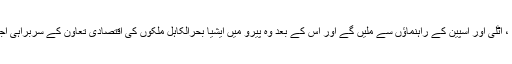
جمعے کے رو ز صدر أوباما برطانیہ، فرانس ، اٹلی اور اسپین کے راہنماؤں سے ملیں گے اور اس کے بعد وہ پیرو میں ایشیا بحرالکاہل ملکوں کی اقتصادی تعاون کے سربراہی اجلاس میں شرکت کے لیے روانہ ہو جائیں گے۔